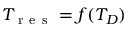
T _ { \mathrm { ~ r ~ e ~ s ~ } } = f ( T _ { D } )